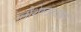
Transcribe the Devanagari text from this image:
ग्लौशेस्टशायर